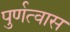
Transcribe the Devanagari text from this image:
पुर्णत्‍वास